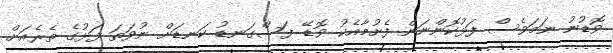
ވޮޑުނު ނަމަވެސް ފަޅުކޮންނަން ފެށުމާއެކު ވޮޑޭ ފަސްގަނޑު ކަނޑަށް ނުވަތަ ފަޅުގެ ތެރެއަށް